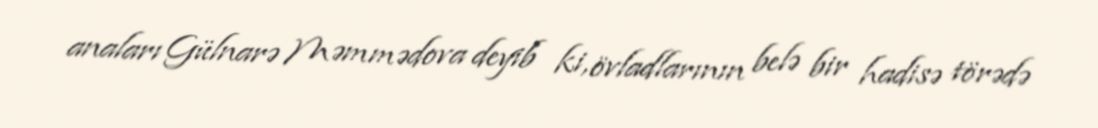
anaları Gülnarə Məmmədova deyib ki, övladlarının belə bir hadisə törədə